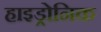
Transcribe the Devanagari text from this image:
हाइड्रोनिक